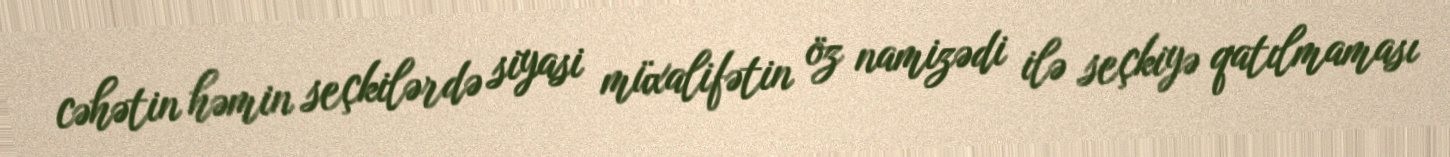
cəhətin həmin seçkilərdə siyasi müxalifətin öz namizədi ilə seçkiyə qatılmaması